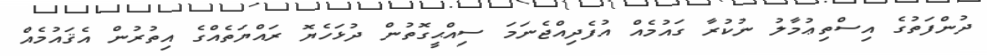
ދުންފަތުގެ އިސްތިޢުމާލު ނުކުރާ ގައުމެއް އުފެދިއްޖެނަމަ ސިއްޙީގޮތުން ދުޅަހެޔޮ ރައްޔަތެއްގެ އިތުރުން އެޤައުމެއް